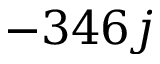
- 3 4 6 j